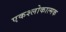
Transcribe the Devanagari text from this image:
एकश्लोकात्मक